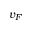
v _ { F }